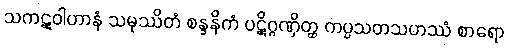
သကဋဝါဟာနံ သမုဿိတံ စန္ဒနိကံ ပဋိဂ္ဂဏှိတ္ထ ကပ္ပသတသဟဿံ စာရော